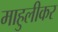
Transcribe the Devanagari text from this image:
माहुलीकर